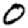
Digit: 0